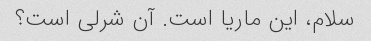
سلام، این ماریا است. آن شرلی است؟